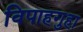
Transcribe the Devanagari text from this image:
विपाहगुहा